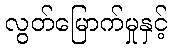
လွတ်မြောက်မှုနှင့်